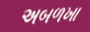
અબળખા